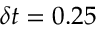
\delta t = 0 . 2 5